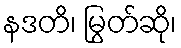
နဒတိ၊ မြွတ်ဆို၊